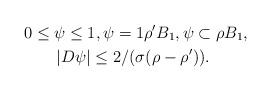
LaTeX: \begin{align*}& 0 \leq \psi \leq 1, \psi = 1 \rho'B_{1}, \psi \subset \rho B_{1}, \\& \qquad|D\psi| \leq 2/(\sigma(\rho - \rho')).\end{align*}